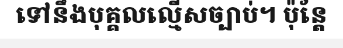
ទៅនឹងបុគ្គលល្មើសច្បាប់។ ប៉ុន្តែ